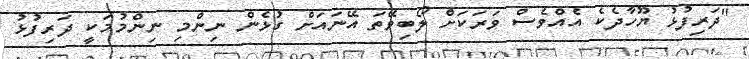
"ދަރިފުޅު ޔޫހާދެކެ އެއްވެސް ވަރަކަށް ލޯބިވޭތަ އޭނައަށް ގުޅެން ނިންމި ނިންމުމަކީ ދަރިފުޅު